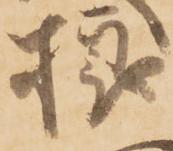
様